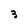
Character: 3